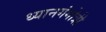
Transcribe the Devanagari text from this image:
ध्यानगंगोत्री